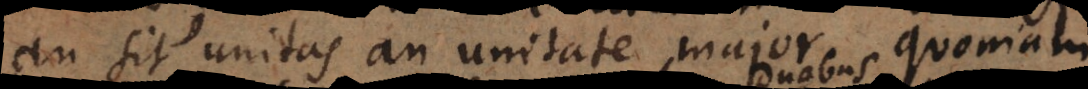
an sit unitas an unitate major. Quoniam